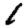
Digit: 1